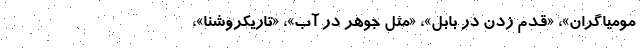
مومیاگران»،‌ «‌قدم زدن در بابل»، «‌مثل جوهر در آب»،‌ «‌تاریکروشنا»،